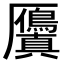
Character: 𭆘